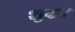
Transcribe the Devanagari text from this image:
शुद्ध।